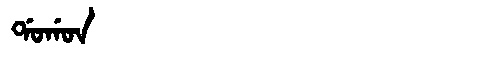
Manchu: ᡩᠣᡤᠣᠨ
Romanization: DOGON